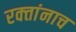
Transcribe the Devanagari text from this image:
रक्‍तांनाच